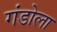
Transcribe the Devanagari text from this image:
गंडोला